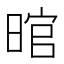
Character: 𱢍